Vaccination in the Punjab 1919-1929 - 1919-1929
Year: 1919
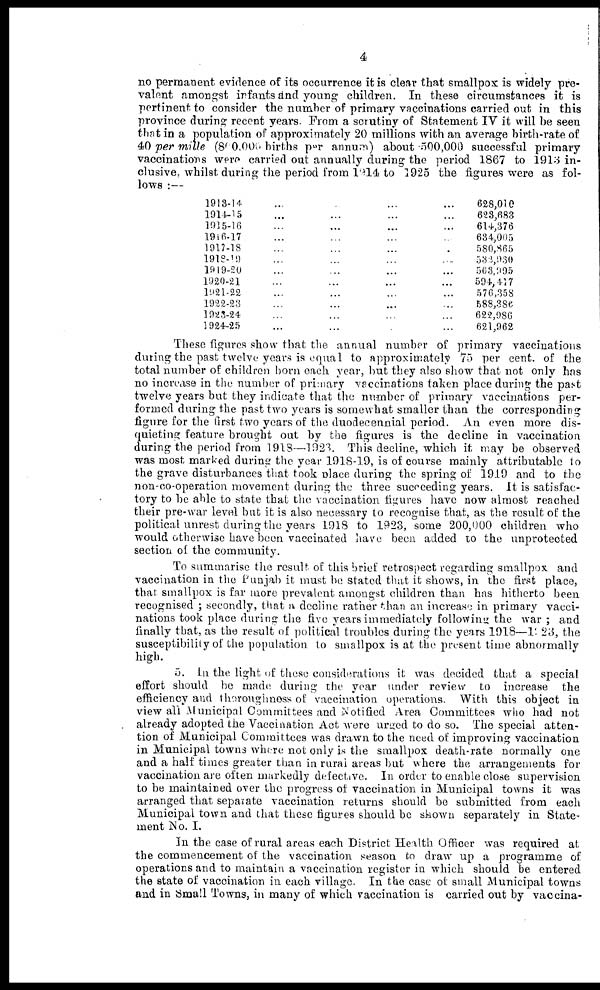
4
no permanent evidence of its occurrence it is clear that smallpox is widely pre-
valent amongst infants and young children. In these circumstances it is
pertinent to consider the number of primary vaccinations carried out in this
province during recent years. From a scrutiny of Statement IV it will be seen
that in a population of approximately 20 millions with an average birth-rate of
40 per mille (800,000 births per annum) about 500,000 successful primary
vaccinations were carried out annually during the period 1867 to 1913 in-
clusive, whilst during the period from 1914 to 1925 the figures were as fol-
lows :—
1913-14 ... ... ...
1914-15 ... ... ... ...
1915-16 ... ... ... ...
1916-17 ... ... ... ...
1917-18 ... ... ... ...
1918-19 ... ... ... ...
1919-20 ... ... ... ...
1920-21 ... ... ... ...
1921-22 ... ... ... ...
1922-23 ... ... ... ...
1923-24 ... ... ... ...
1924-25 ... ... ... ...
628,010
623,683
614,376
634,005
580,865
532,930
563,995
594,447
576,358
588,386
622,986
621,962
These figures show that the annual number of primary vaccinations
during the past twelve years is equal to approximately 75 per cent. of the
total number of children born each year, but they also show that not only has
no increase in the number of primary vaccinations taken place during the past
twelve years but they indicate that the number of primary vaccinations per-
formed during the past two years is somewhat smaller than the corresponding
figure for the first two years of the duodecennial period. An even more dis-
quieting feature brought out by the figures is the decline in vaccination
during the period from 1918—1923. This decline, which it may be observed
was most marked during the year 1918-19, is of course mainly attributable to
the grave disturbances that took place during the spring of 1919 and to the
non-co-operation movement during the three succeeding years. It is satisfac-
tory to be able to state that the vaccination figures have now almost reached
their pre-war level but it is also necessary to recognise that, as the result of the
political unrest during the years 1918 to 1923, some 200,000 children who
would otherwise have been vaccinated have been added to the unprotected
section of the community.
To summarise the result of this brief retrospect regarding smallpox and
vaccination in the Punjab it must be stated that it shows, in the first place,
that smallpox is far more prevalent amongst children than has hitherto been
recognised ; secondly, that a decline rather than an increase in primary vacci-
nations took place during the five years immediately following the war ; and
finally that, as the result of political troubles during the years 1918—1923, the
susceptibility of the population to smallpox is at the present time abnormally
high.
5. In the light of these considerations it was decided that a special
effort should be made during the year under review to increase the
efficiency and thoroughness of vaccination operations. With this object in
view all Municipal Committees and Notified Area Committees who had not
already adopted the Vaccination Act were urged to do so. The special atten-
tion of Municipal Committees was drawn to the need of improving vaccination
in Municipal towns where not only is the smallpox death-rate normally one
and a half times greater than in rural areas but where the arrangements for
vaccination are often markedly defective. In order to enable close supervision
to be maintained over the progress of vaccination in Municipal towns it was
arranged that separate vaccination returns should be submitted from each
Municipal town and that these figures should be shown separately in State-
ment No. I.
In the case of rural areas each District Health Officer was required at
the commencement of the vaccination season to draw up a programme of
operations and to maintain a vaccination register in which should be entered
the state of vaccination in each village. In the case of small Municipal towns
and in Small Towns, in many of which vaccination is carried out by vaccina-